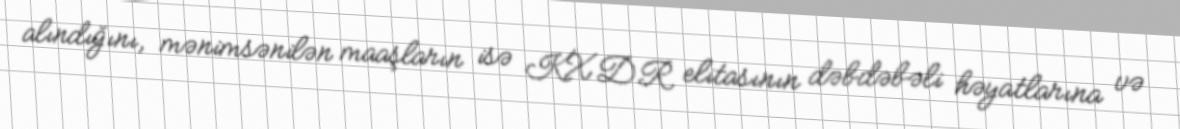
alındığını, mənimsənilən maaşların isə KXDR elitasının dəbdəbəli həyatlarına və